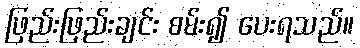
ဖြည်းဖြည်းချင်း စမ်း၍ ပေးရသည်။